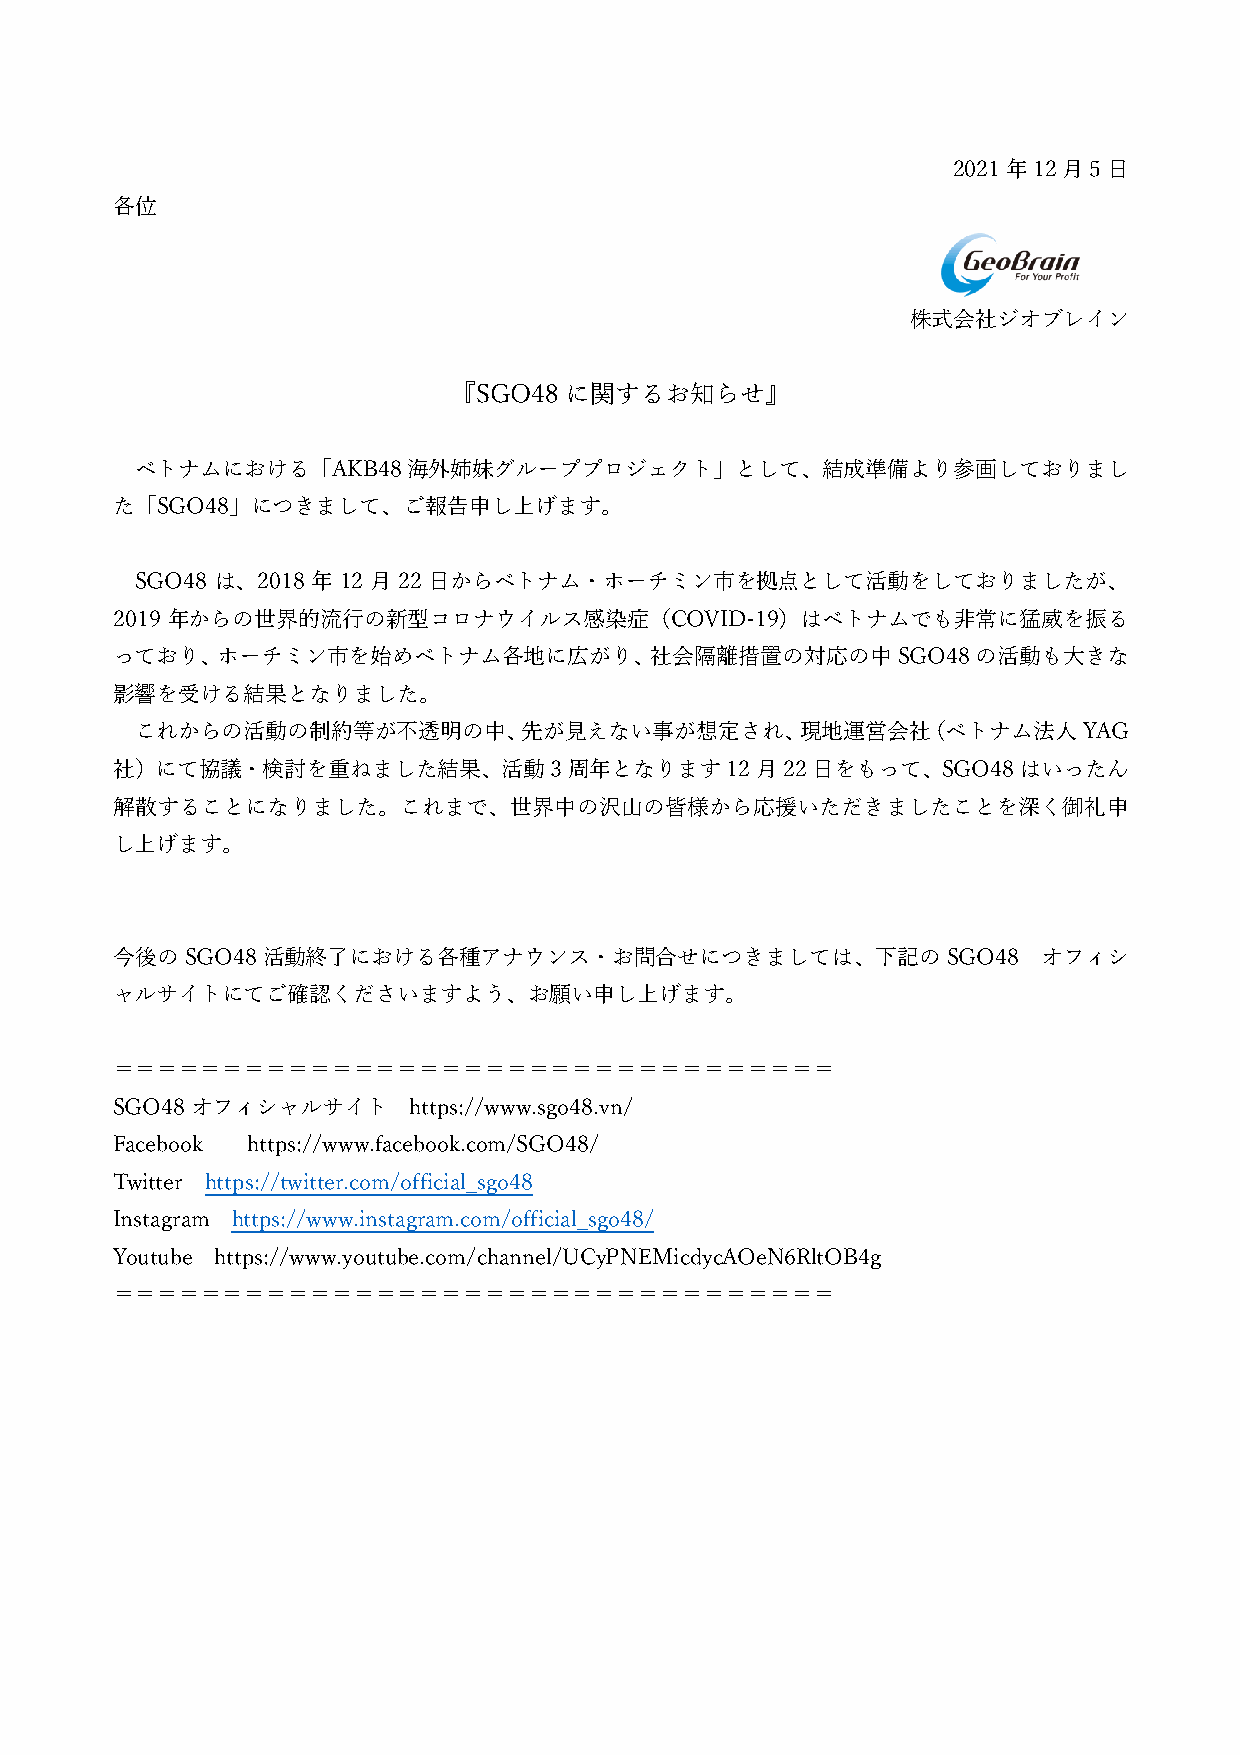
2021年12⽉5⽇
 各位
 株式会社ジオブレイン
 『SGO48に関するお知らせ』
 ベトナムにおける「AKB48海外姉妹グループプロジェクト」として、結成準備より参画しておりまし
 た「SGO48」につきまして、ご報告申し上げます。
 SGO48 は、2018 年 12 ⽉ 22 ⽇からベトナム・ホーチミン市を拠点として活動をしておりましたが、
 2019 年からの世界的流⾏の新型コロナウイルス感染症（COVID-19）はベトナムでも⾮常に猛威を振る
 っており、ホーチミン市を始めベトナム各地に広がり、社会隔離措置の対応の中SGO48の活動も⼤きな
 影響を受ける結果となりました。
 これからの活動の制約等が不透明の中、先が⾒えない事が想定され、現地運営会社（ベトナム法⼈YAG
 社）にて協議・検討を重ねました結果、活動3周年となります12⽉22⽇をもって、SGO48はいったん
 解散することになりました。これまで、世界中の沢⼭の皆様から応援いただきましたことを深く御礼申
 し上げます。
 今後のSGO48活動終了における各種アナウンス・お問合せにつきましては、下記のSGO48                  オフィシ
 ャルサイトにてご確認くださいますよう、お願い申し上げます。
 ＝＝＝＝＝＝＝＝＝＝＝＝＝＝＝＝＝＝＝＝＝＝＝＝＝＝＝＝＝＝＝＝＝
 SGO48オフィシャルサイト      https://www.sgo48.vn/
 Facebook https://www.facebook.com/SGO48/
 Twitter https://twitter.com/official_sgo48
 Instagram https://www.instagram.com/official_sgo48/
 Youtube https://www.youtube.com/channel/UCyPNEMicdycAOeN6RltOB4g
 ＝＝＝＝＝＝＝＝＝＝＝＝＝＝＝＝＝＝＝＝＝＝＝＝＝＝＝＝＝＝＝＝＝